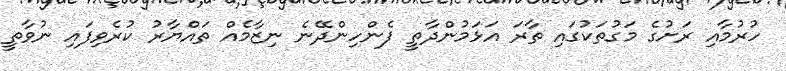
ހުރުމާއި ރަށުގެ މަގުތަކުގައި ތާރަ އަޅަމުންދާތީ ފެންހިންދޭނެ ނިޒާމެއް ތައްޔާރު ކުރެވިފައި ނުވާތީ